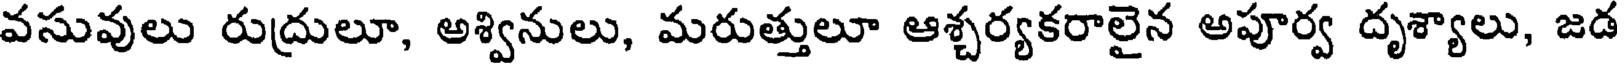
వసువులు రుద్రులూ, అశ్వినులు, మరుత్తులూ ఆశ్చర్యకరాలైన అపూర్వ దృశ్యాలు, జడ